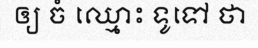
ឲ្យ ចំ ឈ្មោះ ទូទៅ ថា